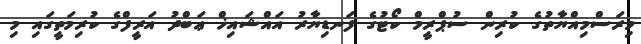
މިރަސްމިއްޔާތުގެ ކުރިން ސުޕްރީމް ކޯޓުގެ ފަނޑިޔާރު އައްޝައިޚް ޢަބްދު އަރީފްގެ ކުރިމަތީގައި މި